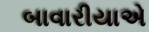
બાવારીયાએ